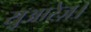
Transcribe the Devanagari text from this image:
सुआरेज़।